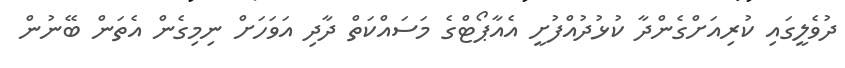
ދުވެލީގައި ކުރިއަށްގެންދާ ކުޅުދުއްފުށީ އެއާޕޯޓްގެ މަސައްކަތް ދާދި އަވަހަށް ނިމިގެން އެތަން ބޭނުން